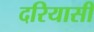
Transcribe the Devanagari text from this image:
दरियासी